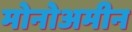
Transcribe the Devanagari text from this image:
मोनोअमीन